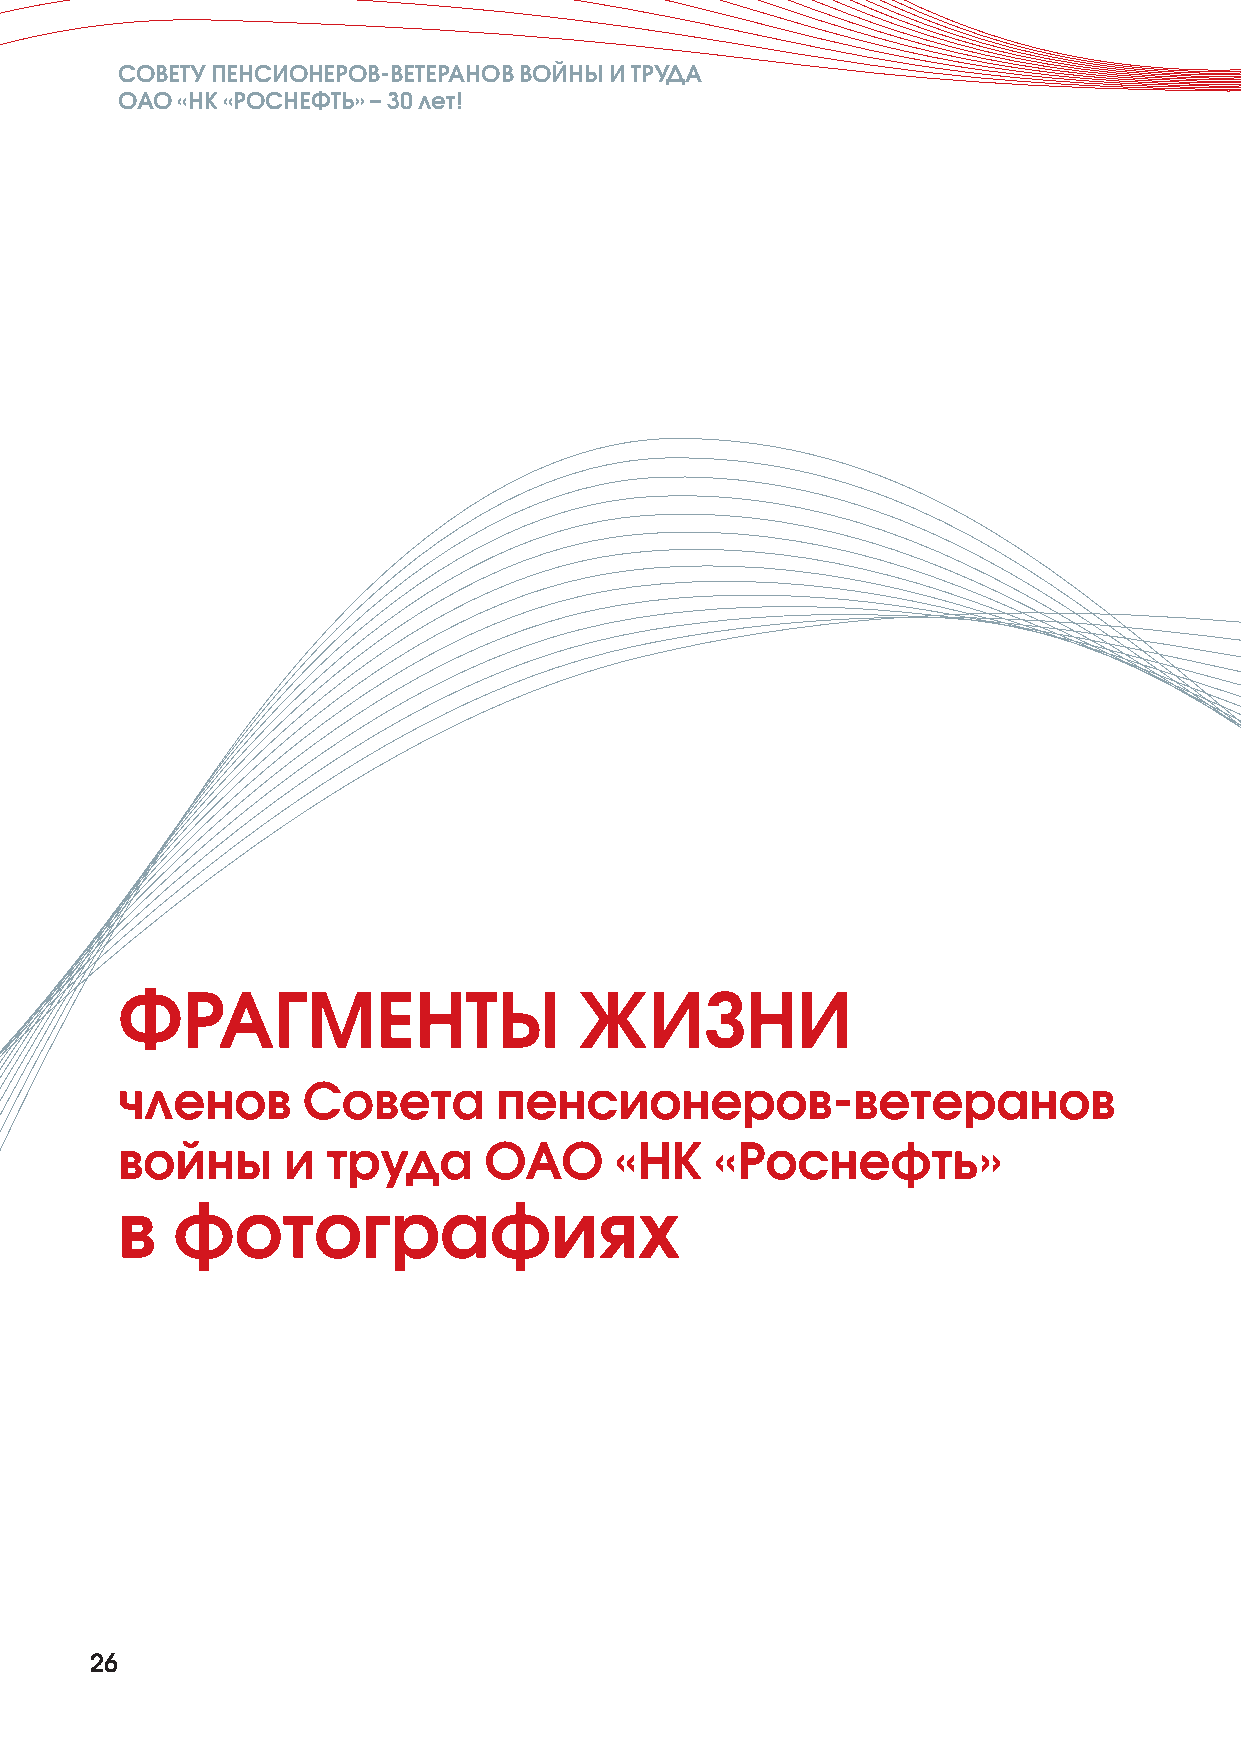
СОВЕТУ ПЕНСИОНЕРОВ-ВЕТЕРАНОВ ВОЙНЫ И ТРУДА
 ОАО «НК «РОСНЕФТЬ» –30 лет!
 ФРАГМЕНТЫ                     ЖИЗНИ
 членов      Совета       пенсионеров-ветеранов
 войны      и  труда     ОАО      «НК   «Роснефть»
 в  фотографиях
 26